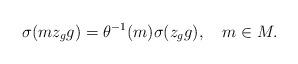
LaTeX: \begin{align*}\sigma(mz_gg)=\theta^{-1}(m)\sigma(z_gg),\ \ \ m\in M.\end{align*}